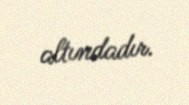
altındadır.